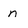
Character: n